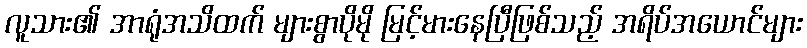
လူသား၏ အာရုံအသိထက် များစွာပိုမို မြင့်မားနေပြီဖြစ်သည့် အရိပ်အယောင်များ